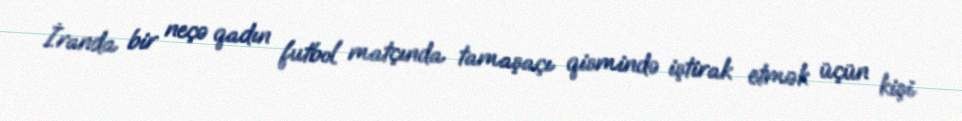
İranda bir neçə qadın futbol matçında tamaşaçı qismində iştirak etmək üçün kişi